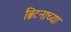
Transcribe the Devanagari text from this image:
ब्रिटनाच्या